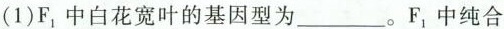
(1)F中白花宽叶的基因型为___。F_{1}中纯合